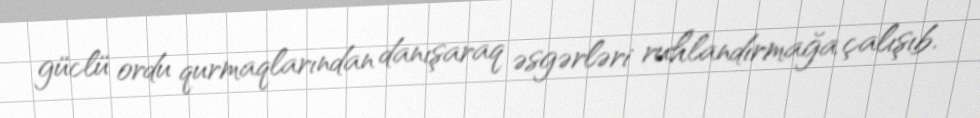
güclü ordu qurmaqlarından danışaraq əsgərləri ruhlandırmağa çalışıb.